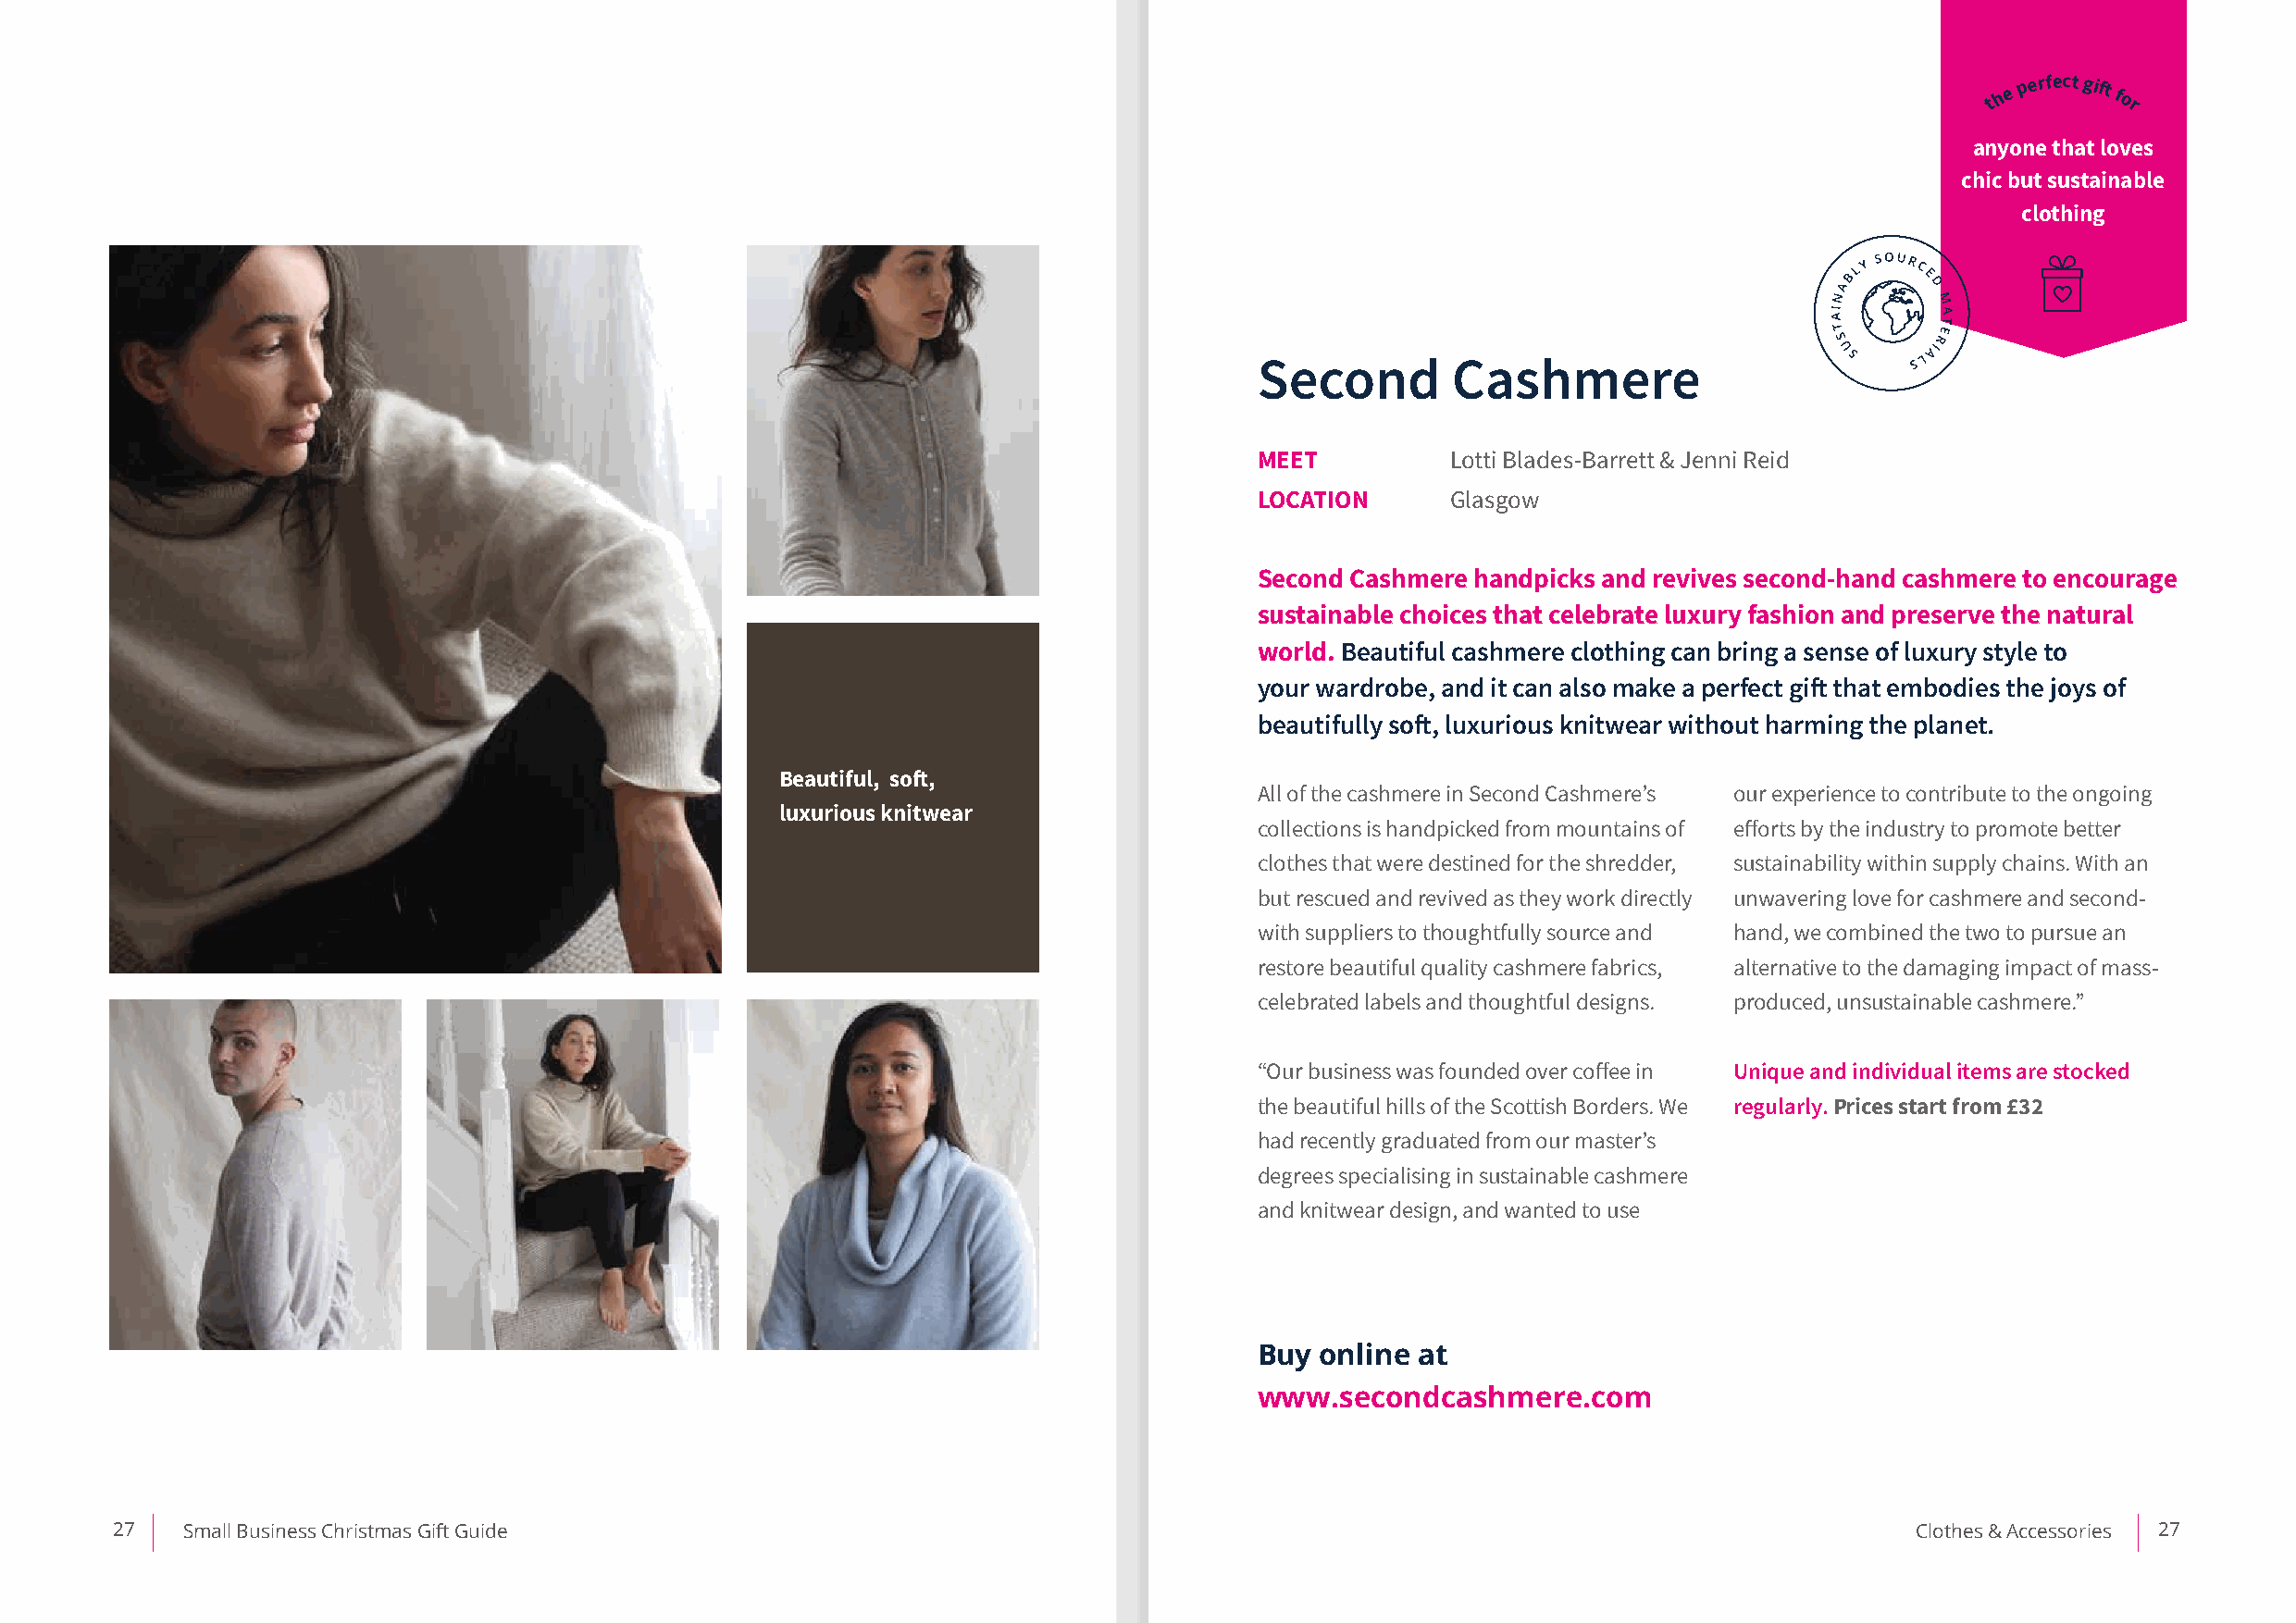
th e p erfect gift for
 anyone that loves
 chic but sustainable
 clothing
 Second        Cashmere
 MEET          Lotti Blades-Barrett & Jenni Reid
 LOCATION      Glasgow
 Second Cashmere handpicks and revives second-hand cashmere to encourage
 sustainable choices that celebrate luxury fashion and preserve the natural
 world. Beautiful cashmere clothing can bring a sense of luxury style to
 your wardrobe, and it can also make a perfect gift that embodies the joys of
 beautifully soft, luxurious knitwear without harming the planet.
 Beautiful, soft,
 All of the cashmere in Second Cashmere’s our experience to contribute to the ongoing
 luxurious knitwear
 collections is handpicked from mountains of efforts by the industry to promote better
 clothes that were destined for the shredder, sustainability within supply chains. With an
 but rescued and revived as they work directly unwavering love for cashmere and second-
 with suppliers to thoughtfully source and hand, we combined the two to pursue an
 restore beautiful quality cashmere fabrics, alternative to the damaging impact of mass-
 celebrated labels and thoughtful designs. produced, unsustainable cashmere.”
 “Our business was founded over coffee in Unique and individual items are stocked
 the beautiful hills of the Scottish Borders. We regularly. Prices start from £32
 had recently graduated from our master’s
 degrees specialising in sustainable cashmere
 and knitwear design, and wanted to use
 Buy online at
 www.secondcashmere.com
 27   Small Business Christmas Gift Guide                                                                                         Clothes & Accessories 27